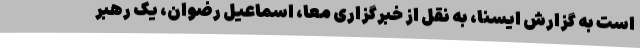
است به گزارش ایسنا، به نقل از خبرگزاری معا، اسماعیل رضوان، یک رهبر